Specificity of antivenomous sera (second communication) - Number 10
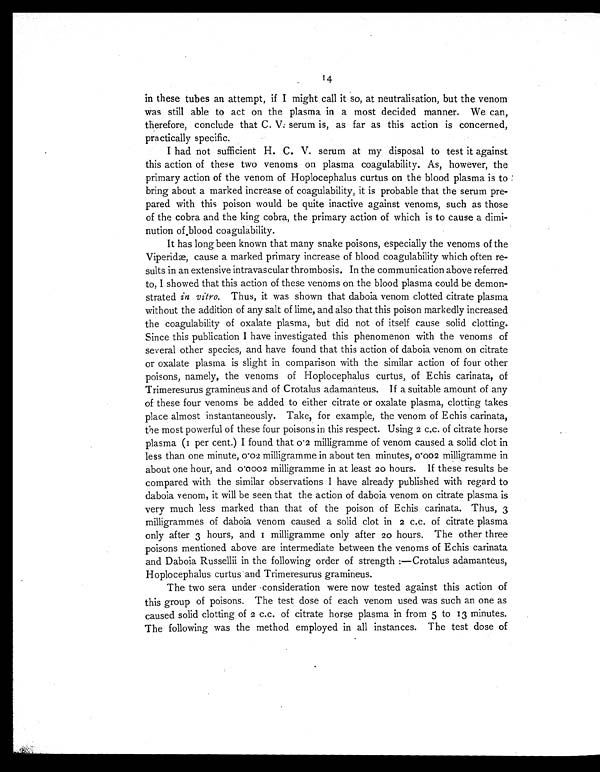
14
in these tubes an attempt, if I might call it so, at neutralisation, but the venom
was still able to act on the plasma in a most decided manner. We can,
therefore, conclude that C. V. serum is, as far as this action is concerned,
practically specific.
I had not sufficient H. C. V. serum at my disposal to test it against
this action of these two venoms on plasma coagulability. As, however, the
primary action of the venom of Hoplocephalus curtus on the blood plasma is to
bring about a marked increase of coagulability, it is probable that the serum pre-
pared with this poison would be quite inactive against venoms, such as those
of the cobra and the king cobra, the primary action of which is to cause a dimi-
nution of blood coagulability.
It has long been known that many snake poisons, especially the venoms of the
Viperidæ, cause a marked primary increase of blood coagulability which often re-
sults in an extensive intravascular thrombosis. In the communication above referred
to, I showed that this action of these venoms on the blood plasma could be demon-
strated in vitro. Thus, it was shown that daboia venom clotted citrate plasma
without the addition of any salt of lime, and also that this poison markedly increased
the coagulability of oxalate plasma, but did not of itself cause solid clotting.
Since this publication I have investigated this phenomenon with the venoms of
several other species, and have found that this action of daboia venom on citrate
or oxalate plasma is slight in comparison with the similar action of four other
poisons, namely, the venoms of Hoplocephalus curtus, of Echis carinata, of
Trimeresurus gramineus and of Crotalus adamanteus. If a suitable amount of any
of these four venoms be added to either citrate or oxalate plasma, clotting takes
place almost instantaneously. Take, for example, the venom of Echis carinata,
the most powerful of these four poisons in this respect. Using 2 c.c. of citrate horse
plasma (1 per cent.) I found that 0.2 milligramme of venom caused a solid clot in
less than one minute, 0.02 milligramme in about ten minutes, 0.002 milligramme in
about one hour, and 0.0002 milligramme in at least 20 hours. If these results be
compared with the similar observations I have already published with regard to
daboia venom, it will be seen that the action of daboia venom on citrate plasma is
very much less marked than that of the poison of Echis carinata. Thus, 3
milligrammes of daboia venom caused a solid clot in 2 c.c. of citrate plasma
only after 3 hours, and 1 milligramme only after 20 hours. The other three
poisons mentioned above are intermediate between the venoms of Echis carinata
and Daboia Russellii in the following order of strength :—Crotalus adamanteus,
Hoplocephalus curtus and Trimeresurus gramineus.
The two sera under consideration were now tested against this action of
this group of poisons. The test dose of each venom used was such an one as
caused solid clotting of 2 c.c. of citrate horse plasma in from 5 to 13 minutes.
The following was the method employed in all instances. The test dose of